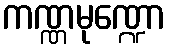
ကဏ္ဏမုဏ္ဍော